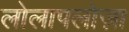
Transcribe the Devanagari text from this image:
लोलापलोज़ा